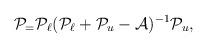
LaTeX: \begin{align*} \mathcal{P}_ = \mathcal{P}_\ell (\mathcal{P}_\ell + \mathcal{P}_u - \mathcal{A})^{-1} \mathcal{P}_u ,\end{align*}